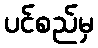
ပင်စည်မှ